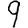
Digit: 9